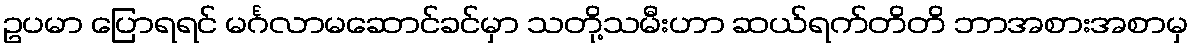
ဥပမာ ပြောရရင် မင်္ဂလာမဆောင်ခင်မှာ သတို့သမီးဟာ ဆယ်ရက်တိတိ ဘာအစားအစာမှ